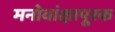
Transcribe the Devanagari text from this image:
मनोवांक्षापूरक